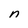
Character: n